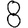
Digit: 8